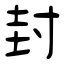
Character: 封